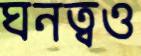
ঘনত্বও